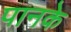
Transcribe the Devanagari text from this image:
पानके